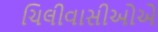
ચિલીવાસીઓએ